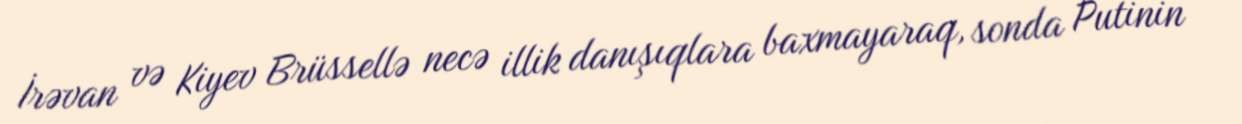
İrəvan və Kiyev Brüssellə necə illik danışıqlara baxmayaraq, sonda Putinin